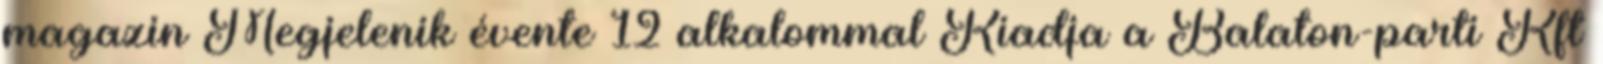
magazin Megjelenik évente 12 alkalommal Kiadja a Balaton-parti Kft